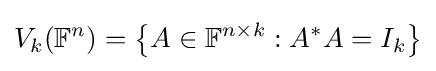
V_{k}(\mathbb {F} ^{n})=\left\{A\in \mathbb {F} ^{n\times k}:A^{*}A=I_{k}\right\}